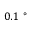
0 . 1 ~ ^ { \circ }